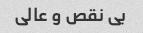
بی نقص و عالی